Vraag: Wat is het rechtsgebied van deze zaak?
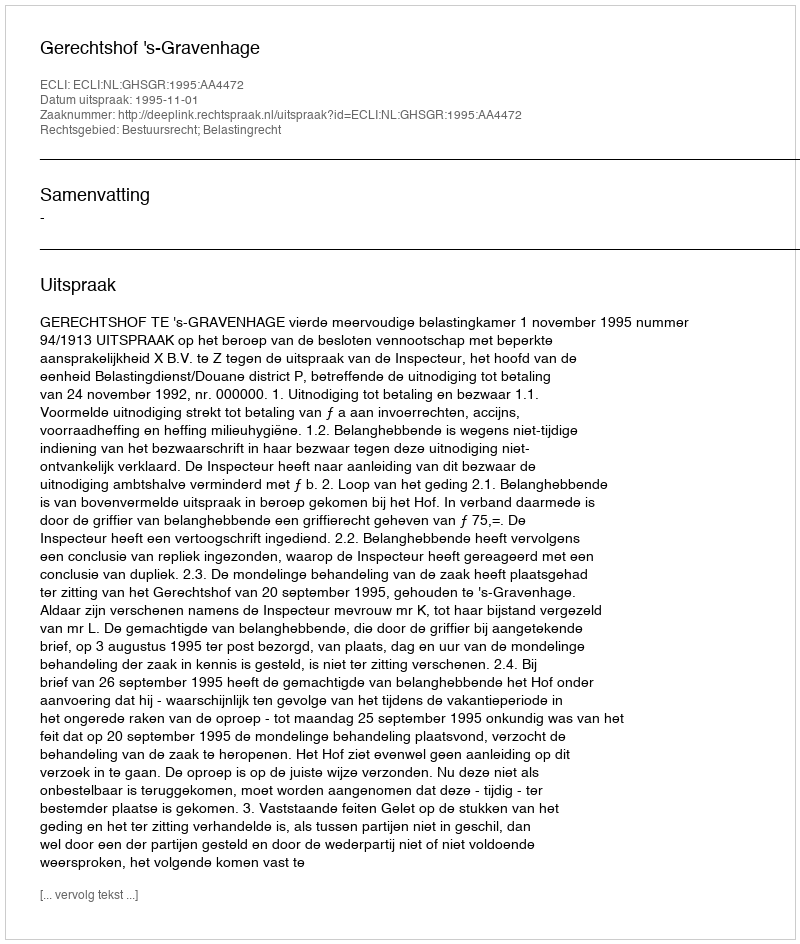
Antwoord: Bestuursrecht; Belastingrecht